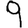
Digit: 9